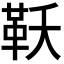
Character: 𮧔